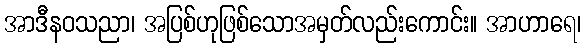
အာဒီနဝသညာ၊ အပြစ်ဟုဖြစ်သောအမှတ်လည်းကောင်း။ အာဟာရေ၊